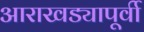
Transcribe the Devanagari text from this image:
आराखड्यापूर्वी